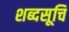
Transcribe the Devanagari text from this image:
शब्दसूचि